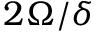
2 \Omega / \delta